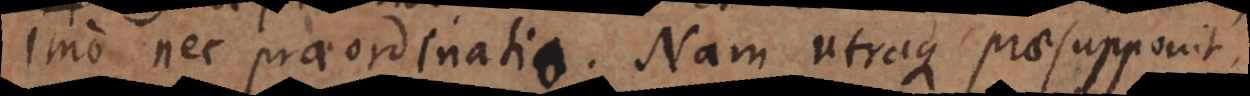
imo nec praeordinatio. Nam utraque praesupponit